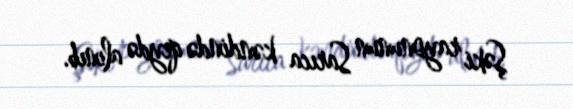
Şəki rayonunun Sarıca kəndində qeydə alınıb.